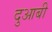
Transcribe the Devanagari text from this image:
दुआबी